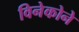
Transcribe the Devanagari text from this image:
विनेकोने